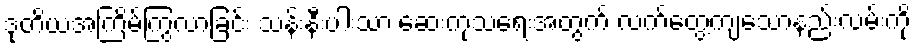
ဒုတိယအကြိမ်ကြွလာခြင်း သန်းနီးပါးသာ ဆေးကုသရေးအတွက် လက်တွေ့ကျသောနည်းလမ်းကို